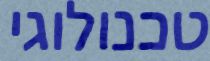
טכנולוגי